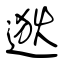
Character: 逖